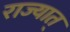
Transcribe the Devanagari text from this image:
राज्यात्